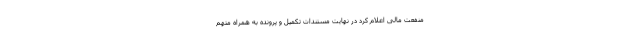
منفعت مالی اعلام کرد در نهایت مستندات تکمیل و پرونده به همراه متهم